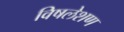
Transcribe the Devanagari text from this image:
विषलेशण